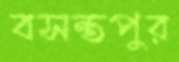
বসন্তপুর